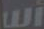
أس